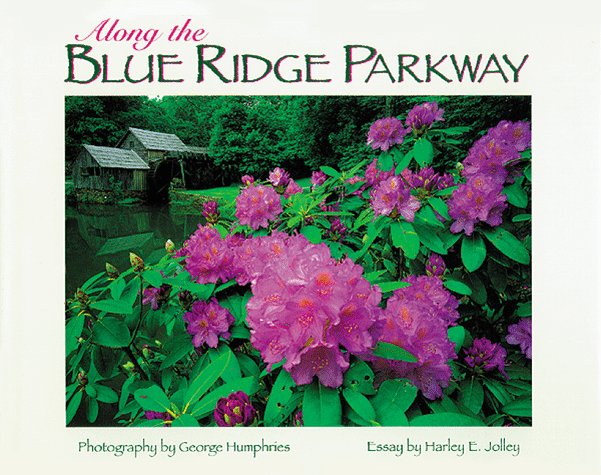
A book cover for Along the Blue Ridge Parkway; George Humphries; Travel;